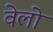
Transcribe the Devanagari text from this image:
वेलो